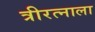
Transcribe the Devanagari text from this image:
त्रीरत्नाला